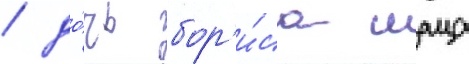
/ до́чь бор'и́са шаца